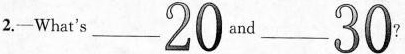
2.-What's ___ 20 and ___ 30?